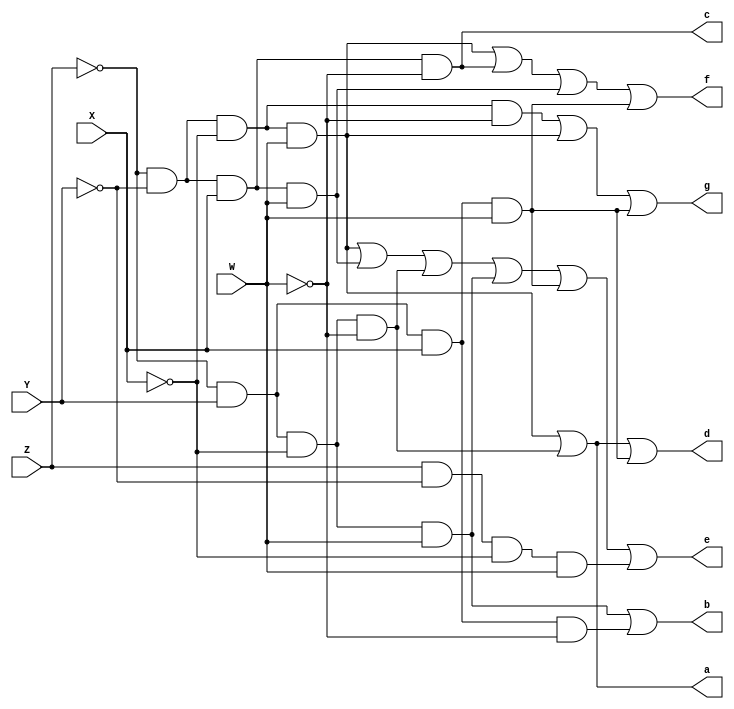
module helloworldfpga(

input  wire W,
input  wire X,
input  wire Y,
input  wire Z,

output wire a,
output wire b,
output wire c,
output wire d,
output wire e,
output wire f,
output wire g

);


//Display Decoder
always @(*)
begin

a=(!Z&!Y&!X&W)|(!Z&Y&!X&!W);
b=(!Z&Y&!X&W)|(!Z&Y&X&!W);
c=(!Z&!Y&X&!W);
d=(!Z&!Y&!X&W)|(!Z&Y&!X&!W)|(!Z&Y&X&W);
e=(!Z&!Y&!X&W)|(!Z&!Y&X&W)|(!Z&Y&!X&!W)|(!Z&Y&!X&W)|(!Z&Y&X&W)|(Z&!Y&!X&W);
f=(!Z&!Y&!X&W)|(!Z&!Y&X&!W)|(!Z&!Y&X&W)|(!Z&Y&X&W);
g=(!Z&!Y&!X&!W)|(!Z&!Y&!X&W)|(!Z&Y&X&W);

end
endmodule